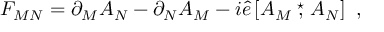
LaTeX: { \cal F } _ { M N } = \partial _ { M } { \cal A } _ { N } - \partial _ { N } { \cal A } _ { M } - i \hat { e } \left[ { \cal A } _ { M } \stackrel { \star } { , } { \cal A } _ { N } \right] \ ,